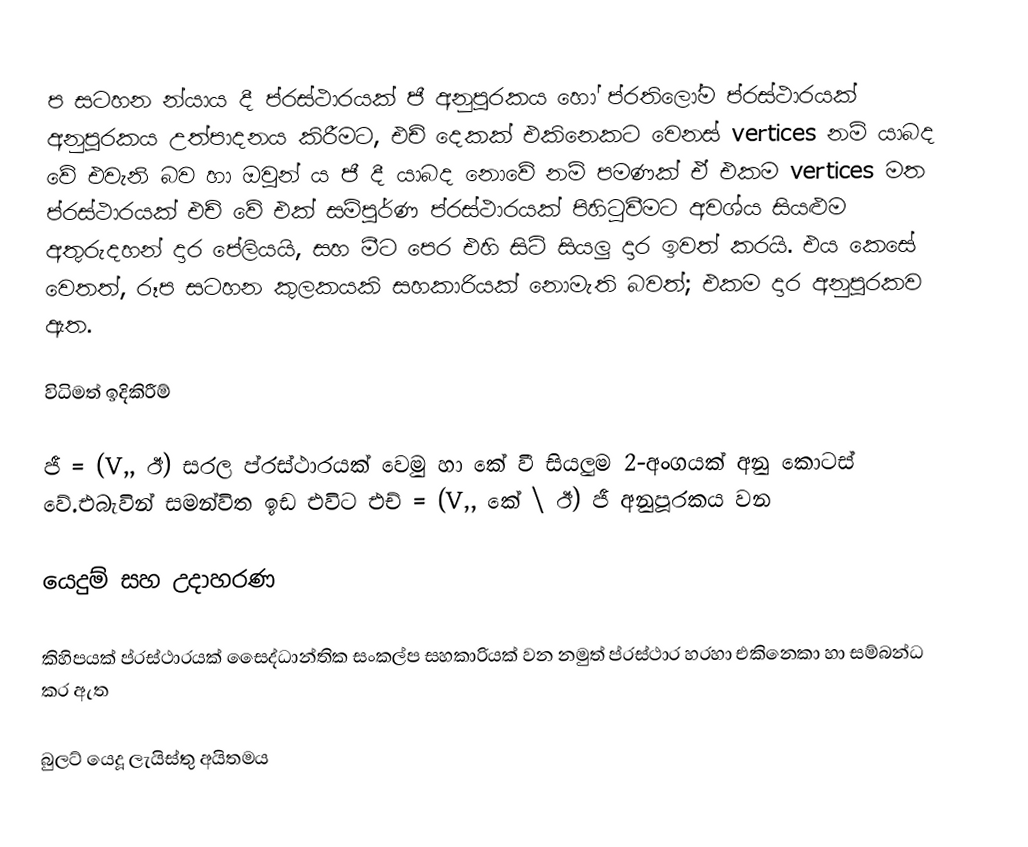
ප සටහන න්යාය දී ප්රස්ථාරයක් ජී අනුපූරකය හෝ ප්රතිලෝම ප්රස්ථාරයක් අනුපූරකය උත්පාදනය කිරීමට, එච් දෙකක් එකිනෙකට වෙනස් vertices නම් යාබද වේ එවැනි බව හා ඔවුන් ය ජී දී යාබද නොවේ නම් පමණක් ඒ එකම vertices මත ප්රස්ථාරයක් එච් වේ එක් සම්පූර්ණ ප්රස්ථාරයක් පිහිටුවීමට අවශ්ය සියළුම අතුරුදහන් දාර පේලියයි, සහ මීට පෙර එහි සිටි සියලු දාර ඉවත් කරයි. එය කෙසේ වෙතත්, රූප සටහන කුලකයකි සහකාරියක් නොමැති බවත්; එකම දාර අනුපූරකව ඇත.

විධිමත් ඉදිකිරීම්

ජී = (V,, ඊ) සරල ප්රස්ථාරයක් වෙමු හා කේ වී සියලුම 2-අංගයක් අනු කොටස් වේ.එබැවින් සමන්විත ඉඩ එවිට එච් = (V,, කේ \ ඊ) ජී අනුපූරකය වන

යෙදුම් සහ උදාහරණ

කිහිපයක් ප්රස්ථාරයක් සෛද්ධාන්තික සංකල්ප සහකාරියක් වන නමුත් ප්රස්ථාර හරහා එකිනෙකා හා සම්බන්ධ කර ඇත

 බුලට් යෙදූ ලැයිස්තු අයිතමය